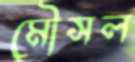
মৌসল